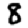
Digit: 8